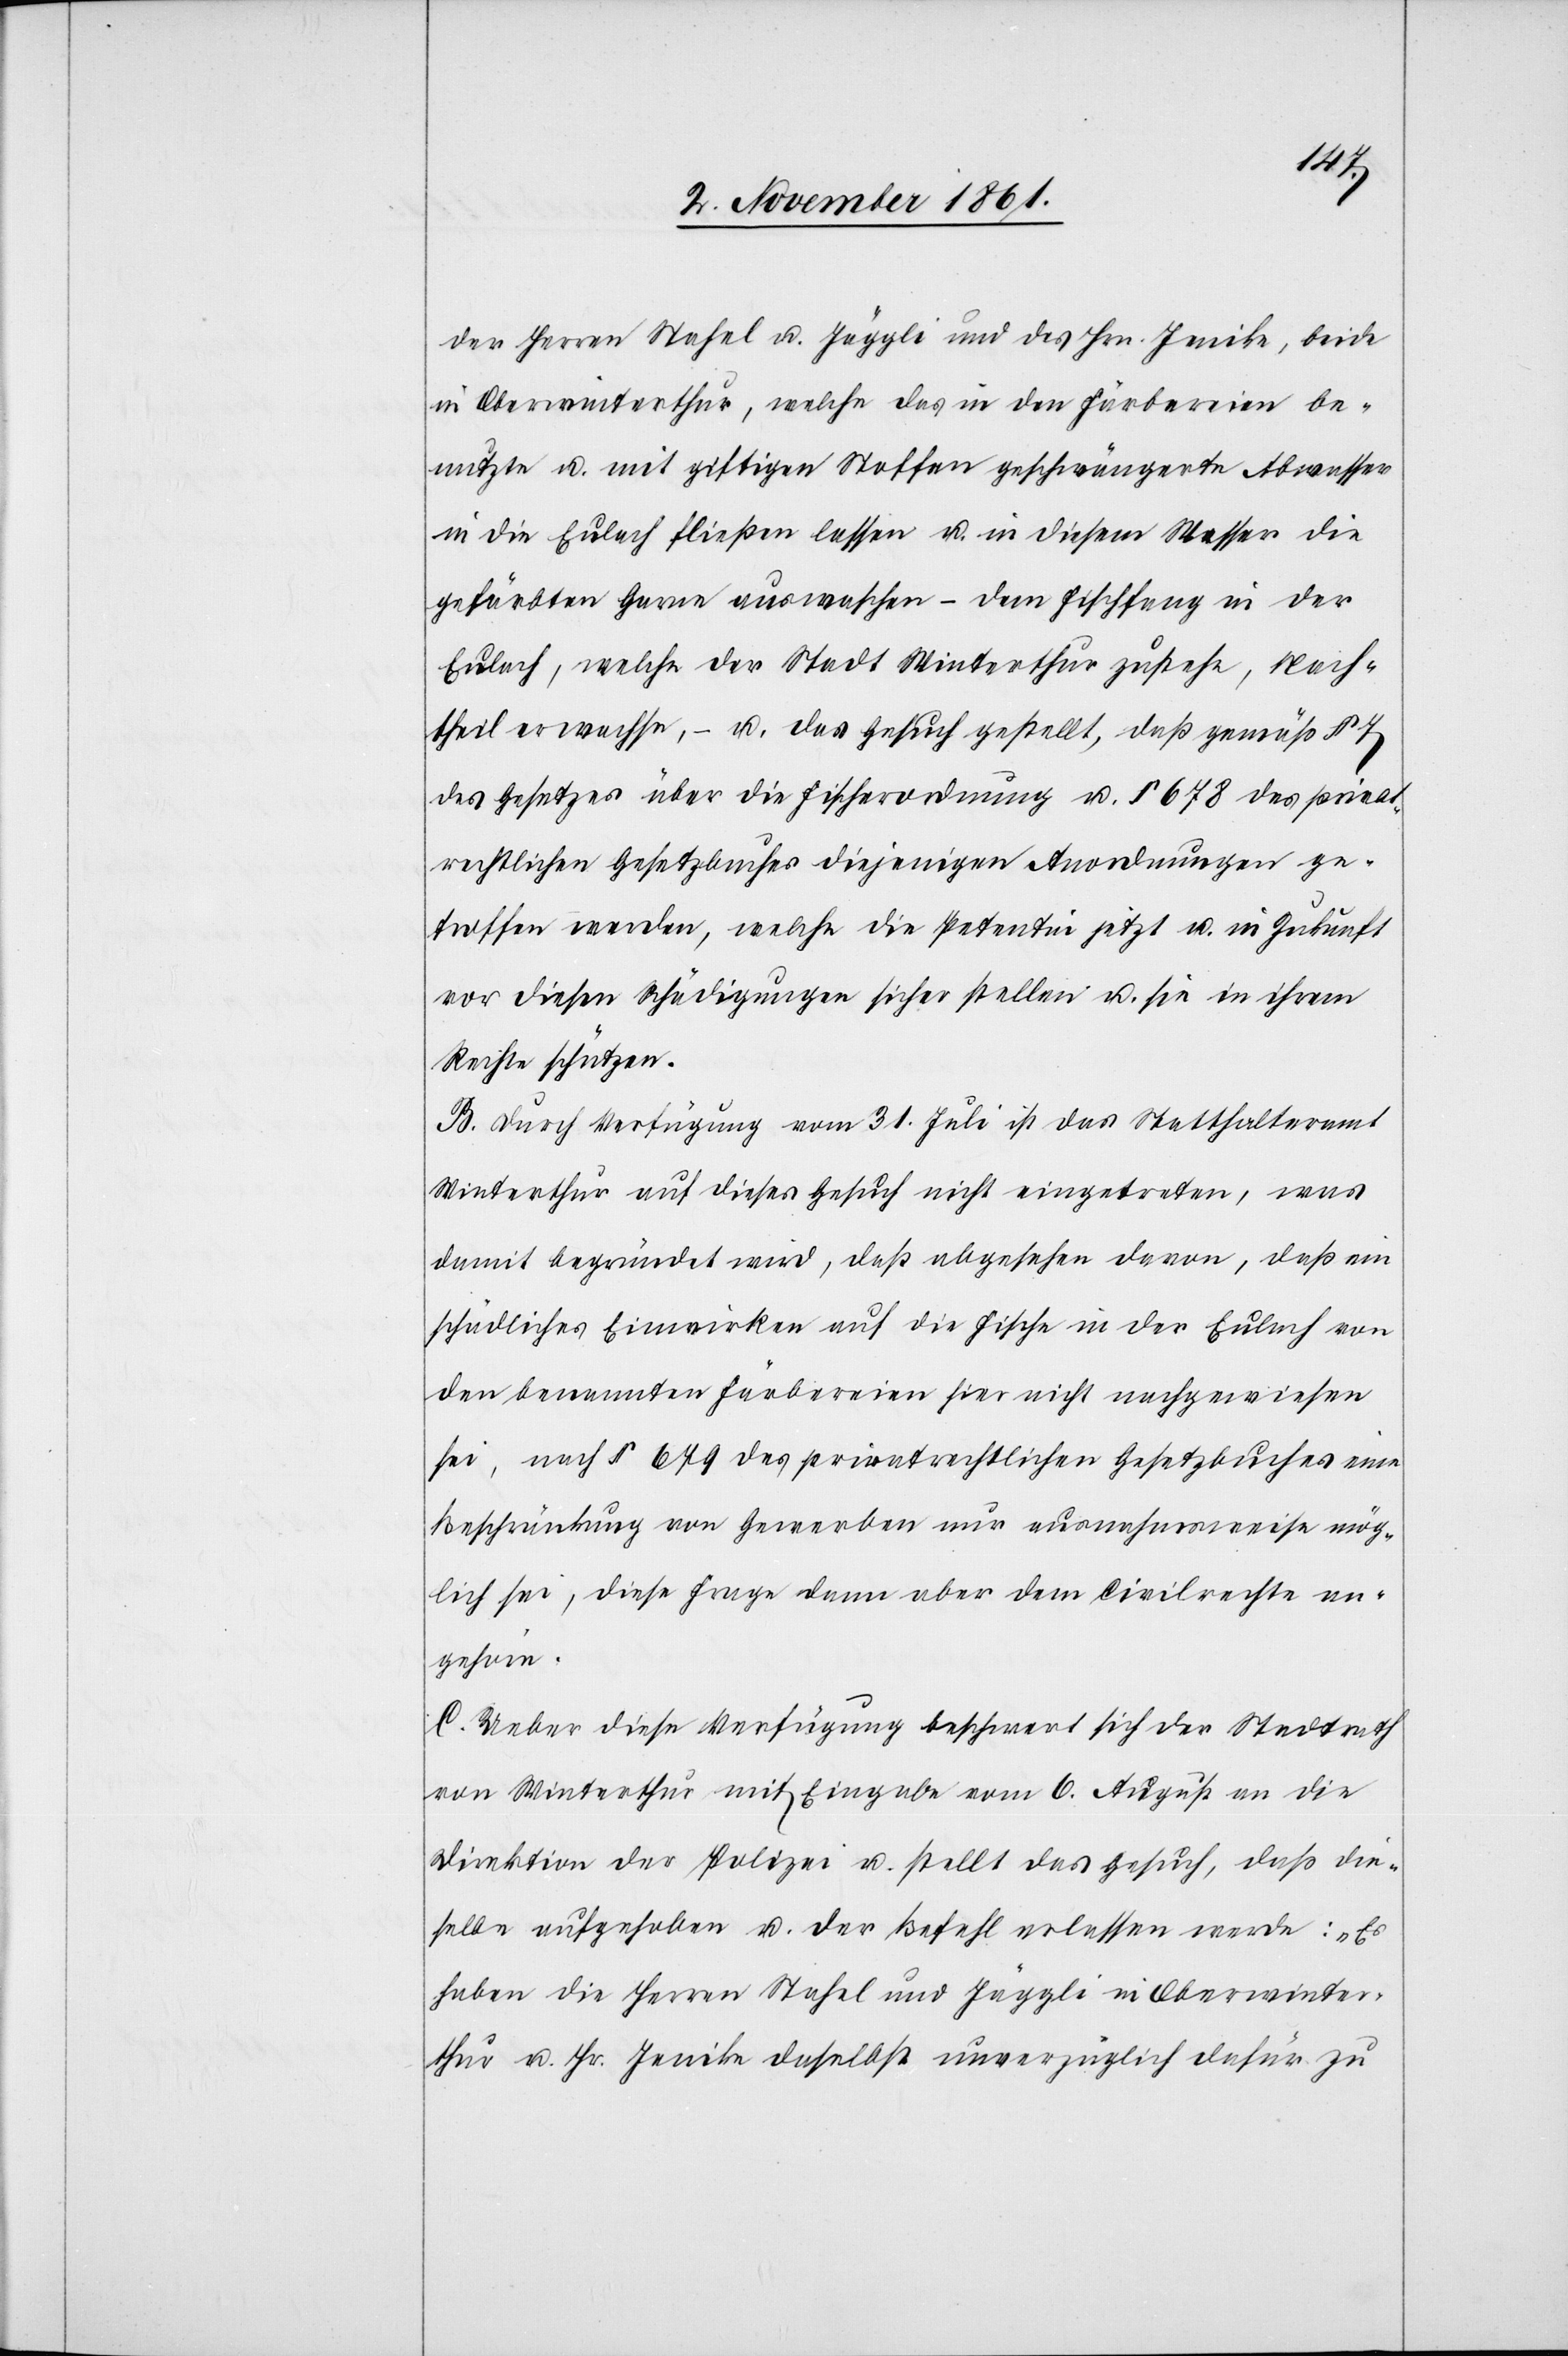
beide
in Oberwinterthur, welche das in den Färbereien be¬
nutzte u. mit giftigen Stoffen geschwängerte Abwasser
in die Eulach fließen lassen u. in diesem Wasser die
gefärbten Garne auswaschen – dem Fischfang in der
Eulach, welche der Stadt Winterthur zustehe, Nach¬
theil erwachse, – u. das Gesuch gestellt, daß gemäß § 7
des Gesetzes über die Fischerordnung u. § 678 des privat¬
rechtlichen Gesetzbuches diejenigen Anordnungen ge¬
troffen werden, welche die Petentin jetzt u. in Zukunft
vor diesen Schädigungen sicher stellen u. sie in ihrem
Rechte schützen.
B. Durch Verfügung vom 31 Juli ist das Statthalteramt
Winterthur auf dieses Gesuch nicht eingetreten, was
damit begründet wird, daß abgesehen davon, daß ein
schädliches Einwirken auf die Fische in der Eulach von
den benannten Färbereien hier nicht nachgewiesen
sei, nach § 679 des privatrechtlichen Gesetzbuches eine
Beschränkung von Gewerben nur ausnahmsweise mög¬
lich sei, diese Frage dann aber dem Civilrechte an¬
gehöre.
C. Ueber diese Verfügung beschwert sich der Stadtrath
von Winterthur mit Eingabe vom 6 August an die
Direktion der Polizei u. stellt das Gesuch, daß die¬
selbe aufgehoben u. der Befehl erlassen werde: „Es
haben die Herrn Stahel und Jäggli in Oberwinter¬
thur u. Hr. Jenike daselbst unverzüglich dafür zu